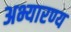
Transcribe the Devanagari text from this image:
अभ्यारण्‍य